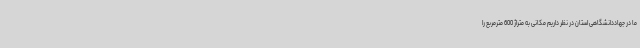
ما در جهاددانشگاهی استان در نظر داریم مکانی به متراژ 600 مترمربع را